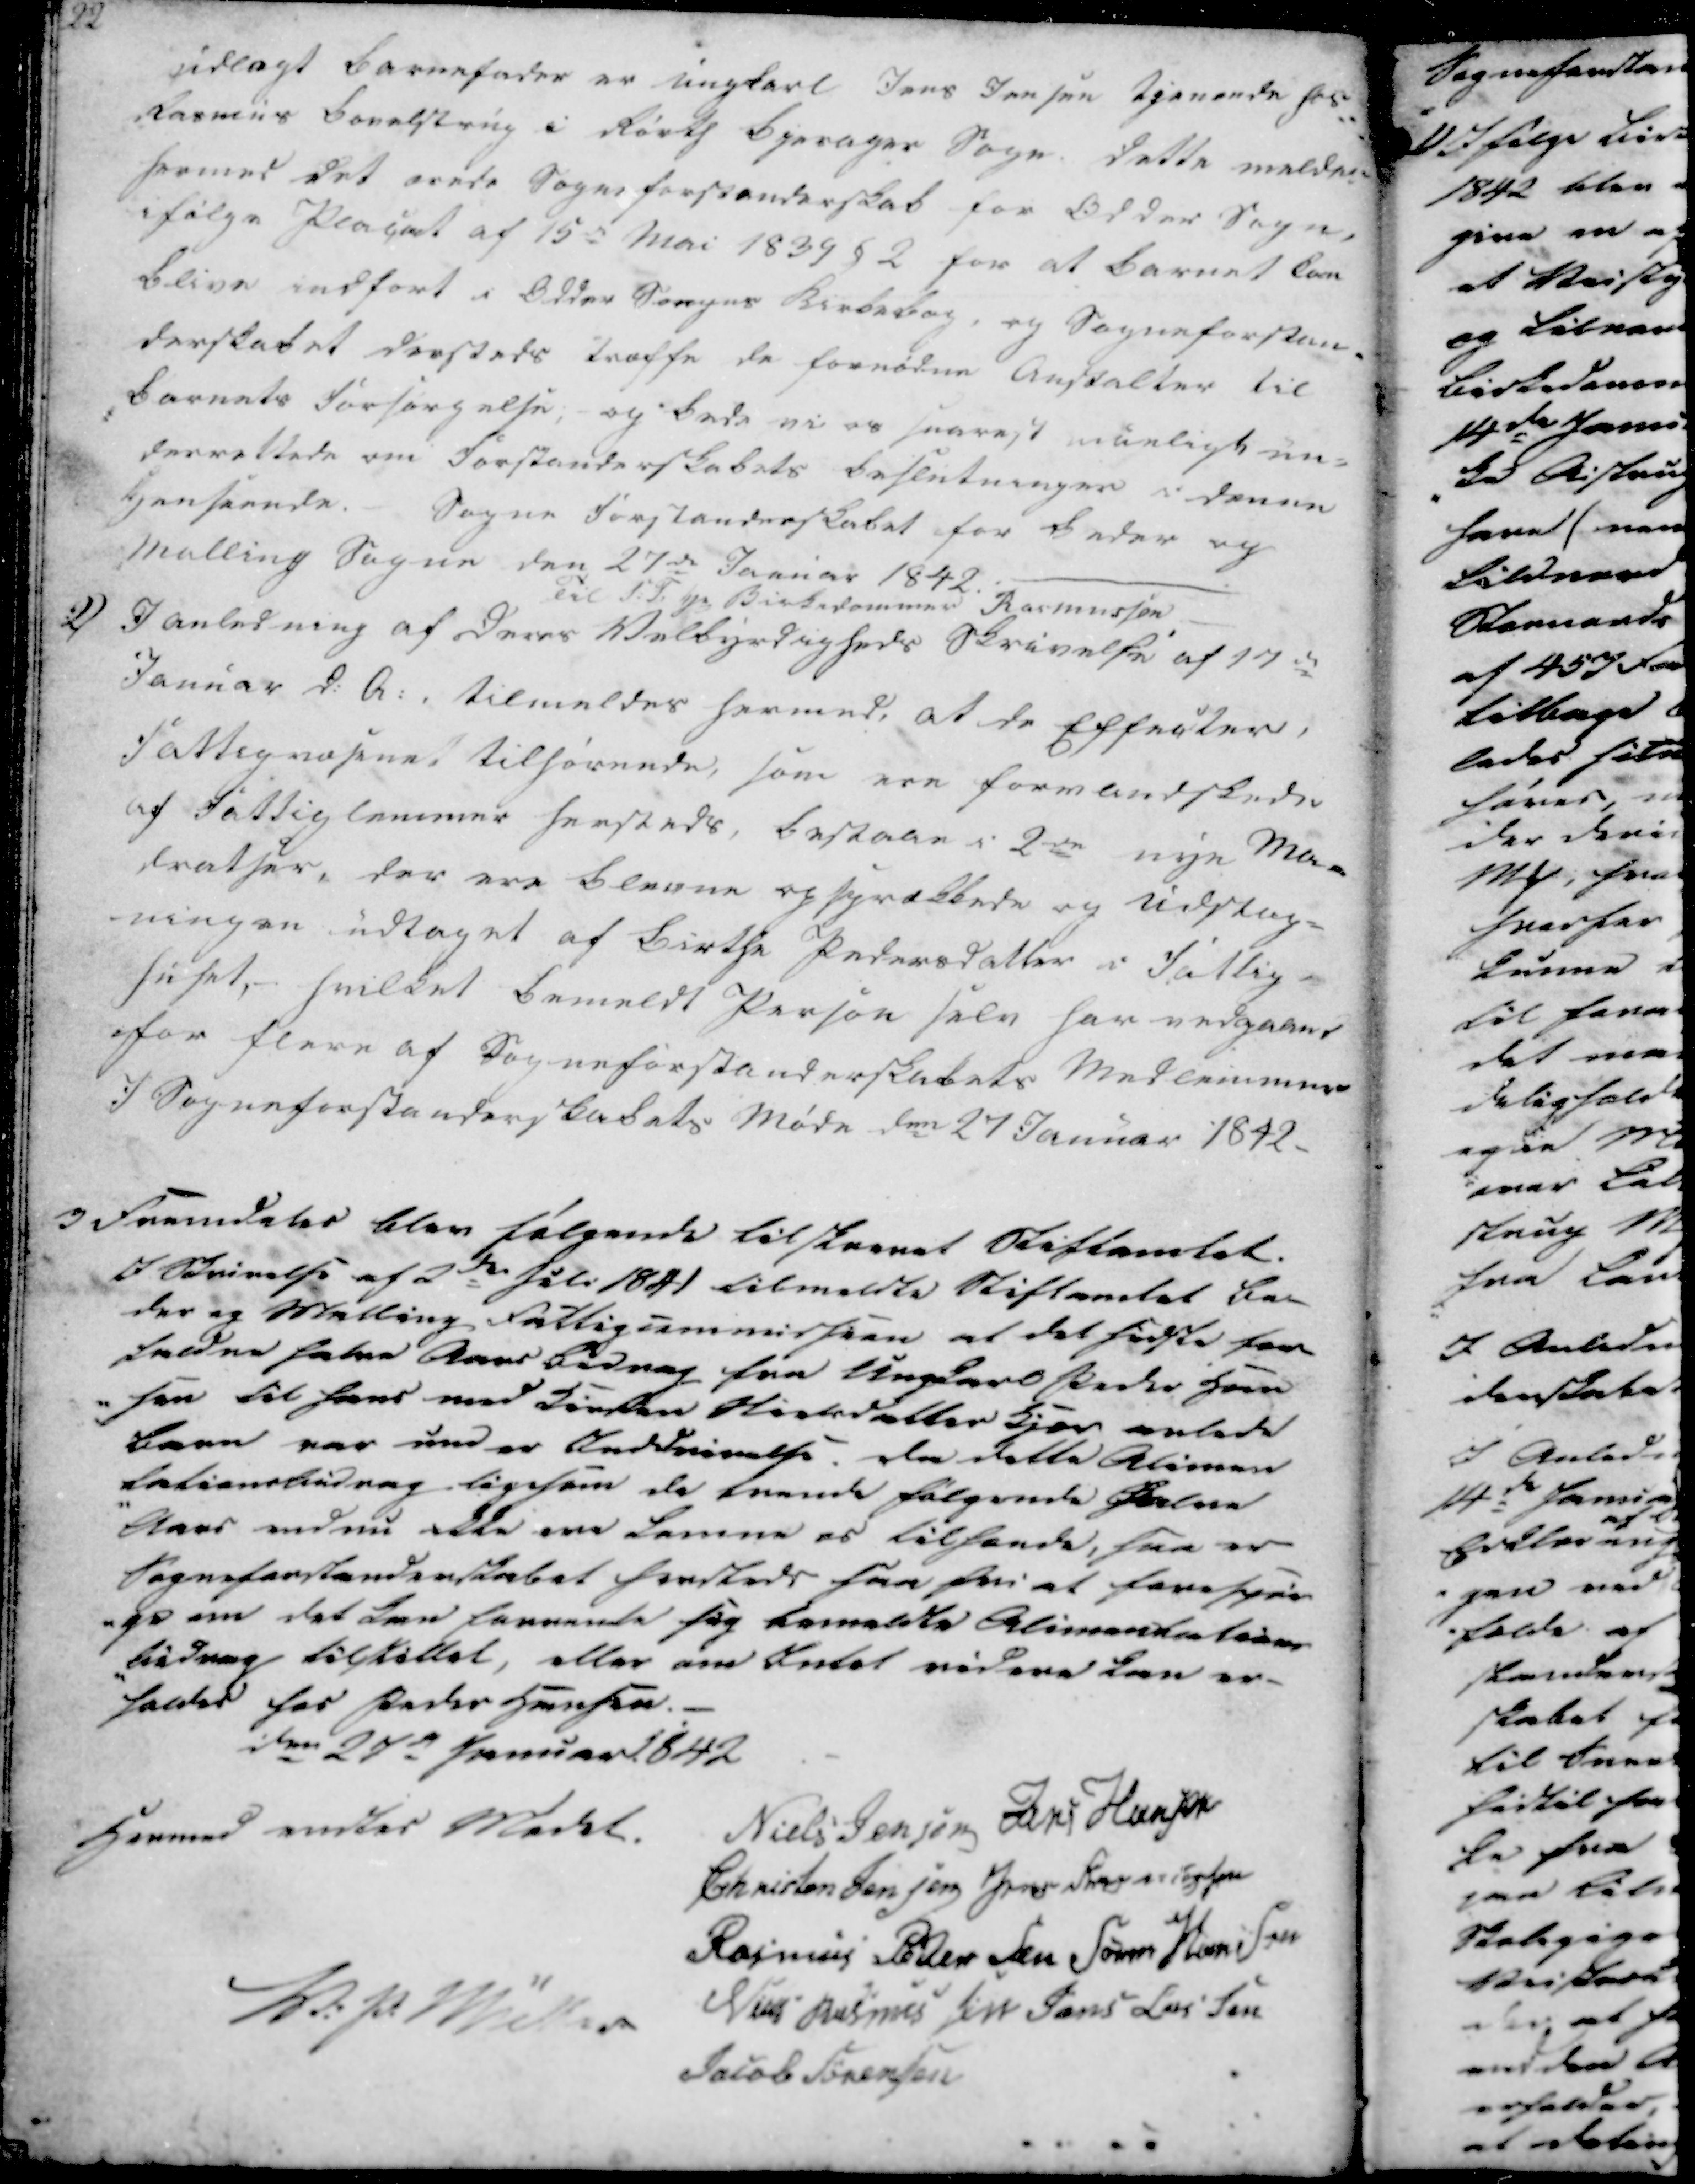
Transskription:
udlagt Barnefader er ungkarl Jens Jensen tjenende hos
Rasmus Borelstrup i Rørts Bjerager Sogn. Dette meldes
hermed det ærede Sogneforstanderskab for Odder Sogn,
ifølge Placat af 15de Mai 1839 § 2 for at Barnet Eer
blive indført i Odder Sogns Kirkebog, og Sogneforstan-
derskabet drøfteds træffe de fornødne Anstalter til
Barnets forsørgelse, og bede vi os snarest mueligt un-
derrettede om forstanderskabets beslutninger i denne
Hensernde. - Sogneforstanderskabet for Beder og
Malling Sogne den 27de Januar 1842.
Til I.F. Hr. Birkedommer Rasmussen.

2)

I anledning af Deres Velbyrdigheds Skrivelse af 17de
Januar d: A: tilmeldes hermed, at de Effecter,
Fattigvæsenet tilhørende, som een formandskade
af Fattig lemmer hersteds bestaar i 2dn nye Ma-
dratser, der ere bleven opsprækkede og Udslag-
ningen udtaget af Birthe Pedersdatter i Fattig-
huset,- hvilket bemeldt Person selv har indgaaet
for flere af Sogneforstanderskabets Medlemmer.
I sogneforstanderskabets Møde den 27 Januar 1842.

3
Fremdeles blev følgende tilskrevet Stiftamtet.
I Skrivelse af 2de Juli 1841 tilmeldte Stiftamtet Be-
der og Malling Fattigummidseen at det fødste som
faldne halne Aaer Bidrag fra Ungkarl Peder Han
-sen til hans med Kirsten Nielsdatter Kjær anlede
barn var under Meddrivelse. Da dette Alimen
tationsbidrag ligesom de trende følgende Ørlne 
Aaer endnu ikke ene Lemne os tilhende, saa er
Sogneforstanderskabet herdteds saa fri at forespør
-ge om det kan forrende sig bemeldte Alimenkation
-bidrag tilstøttet, eller om Intet videre kan er-
holdes hos Peder Hansen.
den 27e Januar 1842

Hermed endtes Mødet.
V: P: Müller
Niels Jensen
Jens Hansen
Christen Jensen
Jens Rasmussen
Rasmus Pedersen
Søren Hansen
Niels Rasmussen
Jens Lassen
Jacob Sørensen